Lunatic asylums Bombay report 1878-1890 - 1878-1890
Year: 1878
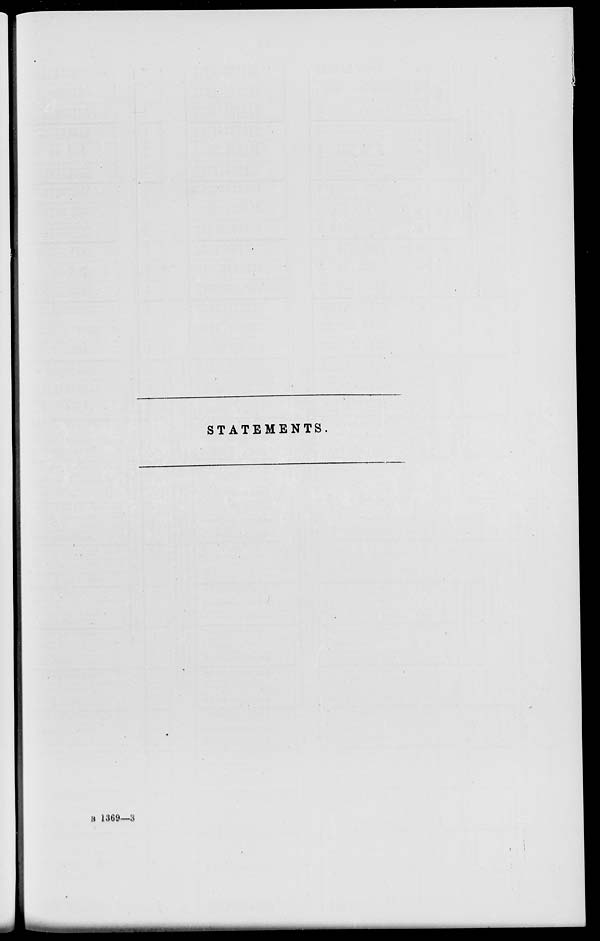
STATEMENTS.
B 1369—3